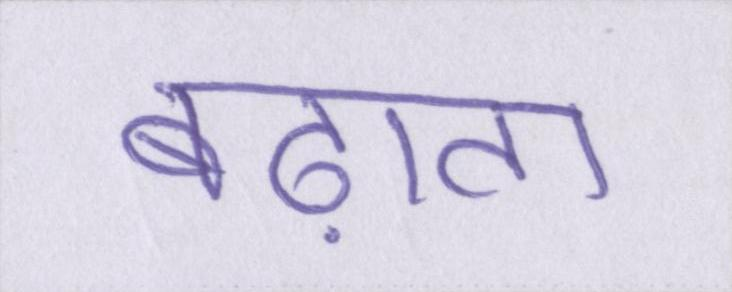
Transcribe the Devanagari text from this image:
बढ़ाता